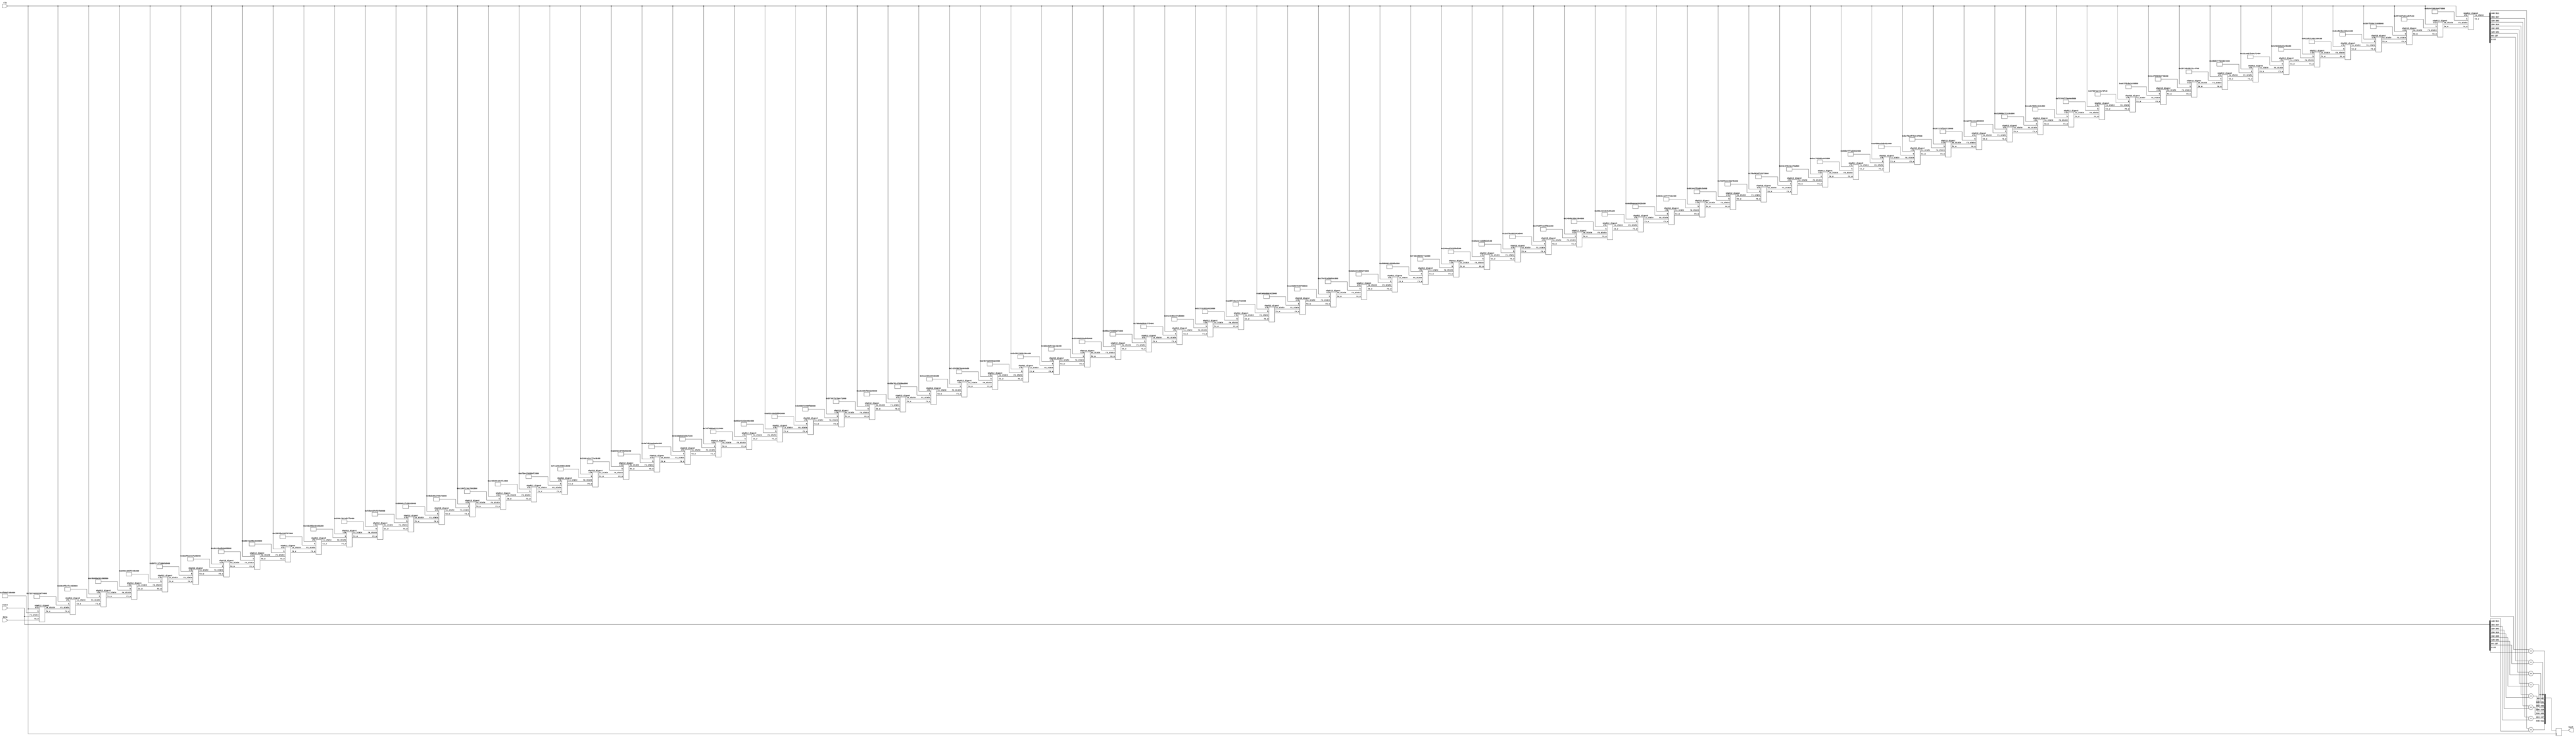
module sha512 (
	input clk,
	input [1023:0] data,
	input [511:0] state,
	output reg [511:0] hash
);

	wire [1023:0] w0, w1, w2, w3, w4, w5, w6, w7;
	wire [1023:0] w8, w9, w10,w11,w12,w13,w14,w15;
	wire [1023:0] w16,w17,w18,w19,w20,w21,w22,w23;
	wire [1023:0] w24,w25,w26,w27,w28,w29,w30,w31;
	wire [1023:0] w32,w33,w34,w35,w36,w37,w38,w39;
	wire [1023:0] w40,w41,w42,w43,w44,w45,w46,w47;
	wire [1023:0] w48,w49,w50,w51,w52,w53,w54,w55;
	wire [1023:0] w56,w57,w58,w59,w60,w61,w62,w63;
	wire [1023:0] w64,w65,w66,w67,w68,w69,w70,w71;
	wire [1023:0] w72,w73,w74,w75,w76,w77,w78,w79,w80;
	
	wire [511:0] h0, h1, h2, h3, h4, h5, h6, h7;
	wire [511:0] h8, h9, h10,h11,h12,h13,h14,h15;
	wire [511:0] h16,h17,h18,h19,h20,h21,h22,h23;
	wire [511:0] h24,h25,h26,h27,h28,h29,h30,h31;
	wire [511:0] h32,h33,h34,h35,h36,h37,h38,h39;
	wire [511:0] h40,h41,h42,h43,h44,h45,h46,h47;
	wire [511:0] h48,h49,h50,h51,h52,h53,h54,h55;
	wire [511:0] h56,h57,h58,h59,h60,h61,h62,h63;
	wire [511:0] h64,h65,h66,h67,h68,h69,h70,h71;
	wire [511:0] h72,h73,h74,h75,h76,h77,h78,h79,h80;
	
	sha512_digest digest0  ( clk, data, state,  64'h428a2f98d728ae22, w1, h1 );
	sha512_digest digest1  ( clk, w1,  h1,  64'h7137449123ef65cd, w2, h2 );
	sha512_digest digest2  ( clk, w2,  h2,  64'hb5c0fbcfec4d3b2f, w3, h3 );
	sha512_digest digest3  ( clk, w3,  h3,  64'he9b5dba58189dbbc, w4, h4 );
	sha512_digest digest4  ( clk, w4,  h4,  64'h3956c25bf348b538, w5, h5 );
	sha512_digest digest5  ( clk, w5,  h5,  64'h59f111f1b605d019, w6, h6 );
	sha512_digest digest6  ( clk, w6,  h6,  64'h923f82a4af194f9b, w7, h7 );
	sha512_digest digest7  ( clk, w7,  h7,  64'hab1c5ed5da6d8118, w8, h8 );
	sha512_digest digest8  ( clk, w8,  h8,  64'hd807aa98a3030242, w9, h9 );
	sha512_digest digest9  ( clk, w9,  h9,  64'h12835b0145706fbe, w10, h10 );
	sha512_digest digest10 ( clk, w10, h10, 64'h243185be4ee4b28c, w11, h11 );
	sha512_digest digest11 ( clk, w11, h11, 64'h550c7dc3d5ffb4e2, w12, h12 );
	sha512_digest digest12 ( clk, w12, h12, 64'h72be5d74f27b896f, w13, h13 );
	sha512_digest digest13 ( clk, w13, h13, 64'h80deb1fe3b1696b1, w14, h14 );
	sha512_digest digest14 ( clk, w14, h14, 64'h9bdc06a725c71235, w15, h15 );
	sha512_digest digest15 ( clk, w15, h15, 64'hc19bf174cf692694, w16, h16 );
	sha512_digest digest16 ( clk, w16, h16, 64'he49b69c19ef14ad2, w17, h17 );
	sha512_digest digest17 ( clk, w17, h17, 64'hefbe4786384f25e3, w18, h18 );
	sha512_digest digest18 ( clk, w18, h18, 64'h0fc19dc68b8cd5b5, w19, h19 );
	sha512_digest digest19 ( clk, w19, h19, 64'h240ca1cc77ac9c65, w20, h20 );
	sha512_digest digest20 ( clk, w20, h20, 64'h2de92c6f592b0275, w21, h21 );
	sha512_digest digest21 ( clk, w21, h21, 64'h4a7484aa6ea6e483, w22, h22 );
	sha512_digest digest22 ( clk, w22, h22, 64'h5cb0a9dcbd41fbd4, w23, h23 );
	sha512_digest digest23 ( clk, w23, h23, 64'h76f988da831153b5, w24, h24 );
	sha512_digest digest24 ( clk, w24, h24, 64'h983e5152ee66dfab, w25, h25 );
	sha512_digest digest25 ( clk, w25, h25, 64'ha831c66d2db43210, w26, h26 );
	sha512_digest digest26 ( clk, w26, h26, 64'hb00327c898fb213f, w27, h27 );
	sha512_digest digest27 ( clk, w27, h27, 64'hbf597fc7beef0ee4, w28, h28 );
	sha512_digest digest28 ( clk, w28, h28, 64'hc6e00bf33da88fc2, w29, h29 );
	sha512_digest digest29 ( clk, w29, h29, 64'hd5a79147930aa725, w30, h30 );
	sha512_digest digest30 ( clk, w30, h30, 64'h06ca6351e003826f, w31, h31 );
	sha512_digest digest31 ( clk, w31, h31, 64'h142929670a0e6e70, w32, h32 );
	sha512_digest digest32 ( clk, w32, h32, 64'h27b70a8546d22ffc, w33, h33 );
	sha512_digest digest33 ( clk, w33, h33, 64'h2e1b21385c26c926, w34, h34 );
	sha512_digest digest34 ( clk, w34, h34, 64'h4d2c6dfc5ac42aed, w35, h35 );
	sha512_digest digest35 ( clk, w35, h35, 64'h53380d139d95b3df, w36, h36 );
	sha512_digest digest36 ( clk, w36, h36, 64'h650a73548baf63de, w37, h37 );
	sha512_digest digest37 ( clk, w37, h37, 64'h766a0abb3c77b2a8, w38, h38 );
	sha512_digest digest38 ( clk, w38, h38, 64'h81c2c92e47edaee6, w39, h39 );
	sha512_digest digest39 ( clk, w39, h39, 64'h92722c851482353b, w40, h40 );
	sha512_digest digest40 ( clk, w40, h40, 64'ha2bfe8a14cf10364, w41, h41 );
	sha512_digest digest41 ( clk, w41, h41, 64'ha81a664bbc423001, w42, h42 );
	sha512_digest digest42 ( clk, w42, h42, 64'hc24b8b70d0f89791, w43, h43 );
	sha512_digest digest43 ( clk, w43, h43, 64'hc76c51a30654be30, w44, h44 );
	sha512_digest digest44 ( clk, w44, h44, 64'hd192e819d6ef5218, w45, h45 );
	sha512_digest digest45 ( clk, w45, h45, 64'hd69906245565a910, w46, h46 );
	sha512_digest digest46 ( clk, w46, h46, 64'hf40e35855771202a, w47, h47 );
	sha512_digest digest47 ( clk, w47, h47, 64'h106aa07032bbd1b8, w48, h48 );
	sha512_digest digest48 ( clk, w48, h48, 64'h19a4c116b8d2d0c8, w49, h49 );
	sha512_digest digest49 ( clk, w49, h49, 64'h1e376c085141ab53, w50, h50 );
	sha512_digest digest50 ( clk, w50, h50, 64'h2748774cdf8eeb99, w51, h51 );
	sha512_digest digest51 ( clk, w51, h51, 64'h34b0bcb5e19b48a8, w52, h52 );
	sha512_digest digest52 ( clk, w52, h52, 64'h391c0cb3c5c95a63, w53, h53 );
	sha512_digest digest53 ( clk, w53, h53, 64'h4ed8aa4ae3418acb, w54, h54 );
	sha512_digest digest54 ( clk, w54, h54, 64'h5b9cca4f7763e373, w55, h55 );
	sha512_digest digest55 ( clk, w55, h55, 64'h682e6ff3d6b2b8a3, w56, h56 );
	sha512_digest digest56 ( clk, w56, h56, 64'h748f82ee5defb2fc, w57, h57 );
	sha512_digest digest57 ( clk, w57, h57, 64'h78a5636f43172f60, w58, h58 );
	sha512_digest digest58 ( clk, w58, h58, 64'h84c87814a1f0ab72, w59, h59 );
	sha512_digest digest59 ( clk, w59, h59, 64'h8cc702081a6439ec, w60, h60 );
	sha512_digest digest60 ( clk, w60, h60, 64'h90befffa23631e28, w61, h61 );
	sha512_digest digest61 ( clk, w61, h61, 64'ha4506cebde82bde9, w62, h62 );
	sha512_digest digest62 ( clk, w62, h62, 64'hbef9a3f7b2c67915, w63, h63 );
	sha512_digest digest63 ( clk, w63, h63, 64'hc67178f2e372532b, w64, h64 );
	sha512_digest digest64 ( clk, w64, h64, 64'hca273eceea26619c, w65, h65 );
	sha512_digest digest65 ( clk, w65, h65, 64'hd186b8c721c0c207, w66, h66 );
	sha512_digest digest66 ( clk, w66, h66, 64'heada7dd6cde0eb1e, w67, h67 );
	sha512_digest digest67 ( clk, w67, h67, 64'hf57d4f7fee6ed178, w68, h68 );
	sha512_digest digest68 ( clk, w68, h68, 64'h06f067aa72176fba, w69, h69 );
	sha512_digest digest69 ( clk, w69, h69, 64'h0a637dc5a2c898a6, w70, h70 );
	sha512_digest digest70 ( clk, w70, h70, 64'h113f9804bef90dae, w71, h71 );
	sha512_digest digest71 ( clk, w71, h71, 64'h1b710b35131c471b, w72, h72 );
	sha512_digest digest72 ( clk, w72, h72, 64'h28db77f523047d84, w73, h73 );
	sha512_digest digest73 ( clk, w73, h73, 64'h32caab7b40c72493, w74, h74 );
	sha512_digest digest74 ( clk, w74, h74, 64'h3c9ebe0a15c9bebc, w75, h75 );
	sha512_digest digest75 ( clk, w75, h75, 64'h431d67c49c100d4c, w76, h76 );
	sha512_digest digest76 ( clk, w76, h76, 64'h4cc5d4becb3e42b6, w77, h77 );
	sha512_digest digest77 ( clk, w77, h77, 64'h597f299cfc657e2a, w78, h78 );
	sha512_digest digest78 ( clk, w78, h78, 64'h5fcb6fab3ad6faec, w79, h79 );
	sha512_digest digest79 ( clk, w79, h79, 64'h6c44198c4a475817, w80, h80 );

	always @ (posedge clk) begin

		hash[511:448] <= h80[511:448] + state[511:448];
		hash[447:384] <= h80[447:384] + state[447:384];
		hash[383:320] <= h80[383:320] + state[383:320];
		hash[319:256] <= h80[319:256] + state[319:256];
		hash[255:192] <= h80[255:192] + state[255:192];
		hash[191:128] <= h80[191:128] + state[191:128];
		hash[127: 64] <= h80[127: 64] + state[127: 64];
		hash[ 63:  0] <= h80[ 63:  0] + state[ 63:  0];

	end

endmodule

module sha512_digest (clk, rx_w, rx_state, k, tx_w, tx_state);

	input clk;
	input [1023:0] rx_w;
	input [511:0] rx_state;
	input [63:0] k;

	output reg [1023:0] tx_w;
	output reg [511:0] tx_state;


	wire [63:0] e0_w, e1_w, ch_w, maj_w, s0_w, s1_w;


	sha512_S0	e0_blk	(rx_state[ 63:  0], e0_w);
	sha512_S1	e1_blk	(rx_state[319:256], e1_w);
	sha512_ch	ch_blk	(rx_state[319:256], rx_state[383:320], rx_state[447:384], ch_w);
	sha512_maj	maj_blk	(rx_state[ 63:  0], rx_state[127: 64], rx_state[191:128], maj_w);
	sha512_s0	s0_blk	(rx_w[127:64], s0_w);
	sha512_s1	s1_blk	(rx_w[959:896], s1_w);

	wire [63:0] t1 = rx_state[511:448] + e1_w + ch_w + rx_w[63:0] + k;
	wire [63:0] t2 = e0_w + maj_w;
	wire [63:0] new_w = s1_w + rx_w[639:576] + s0_w + rx_w[63:0];
	

	always @ (posedge clk)
	begin
		tx_w[1023:960] <= new_w;
		tx_w[959:0] <= rx_w[1023:64];

		tx_state[511:448] <= rx_state[447:384];
		tx_state[447:384] <= rx_state[383:320];
		tx_state[383:320] <= rx_state[319:256];
		tx_state[319:256] <= rx_state[255:192] + t1;
		tx_state[255:192] <= rx_state[191:128];
		tx_state[191:128] <= rx_state[127: 64];
		tx_state[127: 64] <= rx_state[ 63:  0];
		tx_state[ 63:  0] <= t1 + t2;
	end

endmodule

module sha512_S0 (
    input wire [63:0] x,
    output wire [63:0] S0
    );

assign S0 = ({x[27:0], x[63:28]} ^ {x[33:0], x[63:34]} ^ {x[38:0], x[63:39]});

endmodule

module sha512_S1 (
    input wire [63:0] x,
    output wire [63:0] S1
    );

assign S1 = ({x[13:0], x[63:14]} ^ {x[17:0], x[63:18]} ^ {x[40:0], x[63:41]});

endmodule

module sha512_s0 (
    input wire [63:0] x,
    output wire [63:0] s0
    );

assign s0 = ({x[0:0], x[63:1]} ^ {x[7:0], x[63:8]} ^ (x >> 7));

endmodule

module sha512_s1 (
    input wire [63:0] x,
    output wire [63:0] s1
    );

assign s1 = ({x[18:0], x[63:19]} ^ {x[60:0], x[63:61]} ^ (x >> 6));

endmodule

module sha512_ch (x, y, z, o);

	input [63:0] x, y, z;
	output [63:0] o;

	assign o = z ^ (x & (y ^ z));

endmodule

module sha512_maj (x, y, z, o);

	input [63:0] x, y, z;
	output [63:0] o;

	assign o = (x & y) | (z & (x | y));

endmodule